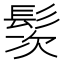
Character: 䯸